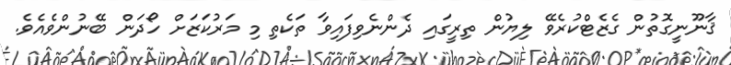
ޤާނޫނީގޮތުން ގެޒެޓްކުރެވޭ ލިޔުން ތިރީގައި ދެންނެވިފައިވާ ތަކެތި މި މަރުކަޒަށް ހޯދަން ބޭނުންވެއެވެ.